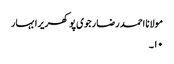
مولانا احمد رضا رجوی پوکھریرا بہار
۱۰۔